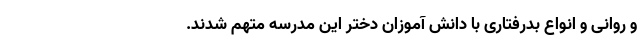
و روانی و انواع بدرفتاری با دانش آموزان دختر این مدرسه متهم شدند.